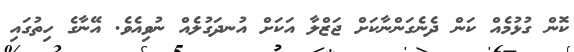
ކޮން ގުޅުމެއް ކަން ދެނެގަންނާކަށް ޖަޒްލާ އަކަށް އުނދަގުލެއް ނުވިއެވެ. އޭނާގެ ހިތުގައި